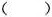
()